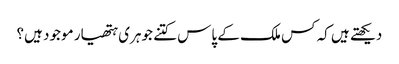
دیکھتے ہیں کہ کس ملک کے پاس کتنے جوہری ہتھیار موجود ہیں؟